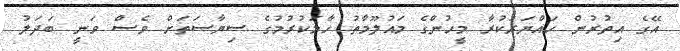
އޭގެ އިތުރުން ހައްޔަރުކުރާ މީހުންގެ މައުލޫމާތު ހާމަކުރުމުގެ ސިޔާސަތަށް ވެސް ވަނީ ބަދަލު